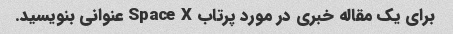
برای یک مقاله خبری در مورد پرتاب Space X عنوانی بنویسید.